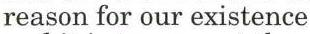
reason for our existence